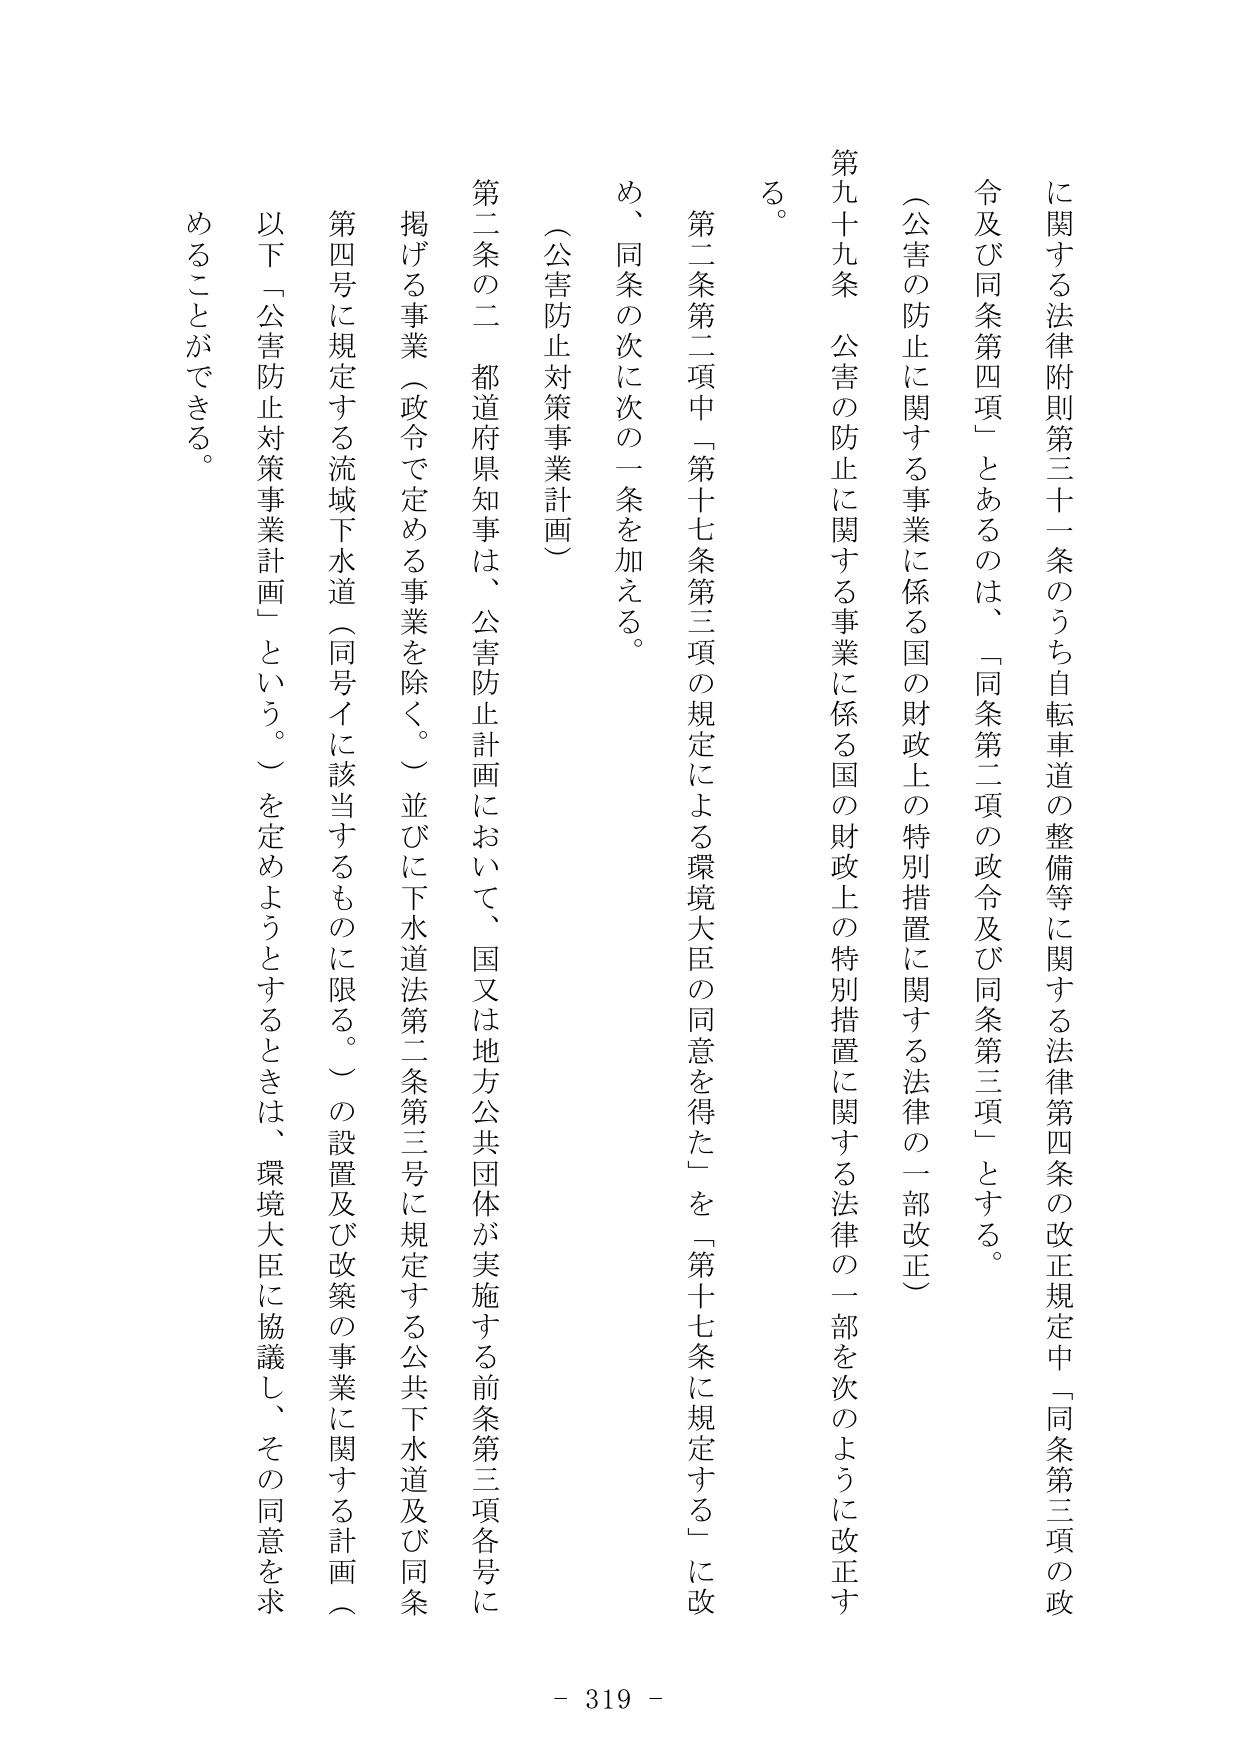
に関する法律附則第三十一条のうち自転車道の整備等に関する法律第四条の改正規定中「同条第三項の政
令及び同条第四項」とあるのは、「同条第二項の政令及び同条第三項」とする。
（公害の防止に関する事業に係る国の財政上の特別措置に関する法律の一部改正）
第九十九条 公害の防止に関する事業に係る国の財政上の特別措置に関する法律の一部を次のように改正す
る。
第二条第二項中「第十七条第三項の規定による環境大臣の同意を得た」を「第十七条に規定する」に改
め、同条の次に次の一条を加える。
（公害防止対策事業計画）
第二条の二 都道府県知事は、公害防止計画において、国又は地方公共団体が実施する前条第三項各号に
掲げる事業（政令で定める事業を除く。）並びに下水道法第二条第三号に規定する公共下水道及び同条
第四号に規定する流域下水道（同号イに該当するものに限る。）の設置及び改築の事業に関する計画（
以下「公害防止対策事業計画」という。）を定めようとするときは、環境大臣に協議し、その同意を求
めることができる。
- 319 -